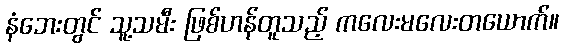
နံဘေးတွင် သူ့သမီး ဖြစ်ဟန်တူသည့် ကလေးမလေးတယောက်။